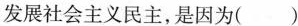
发展社会主义民主，是因为( )